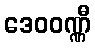
ဒေဝဝဏ္ဏီ